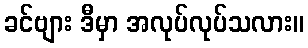
ခင်ဗျား ဒီမှာ အလုပ်လုပ်သလား။